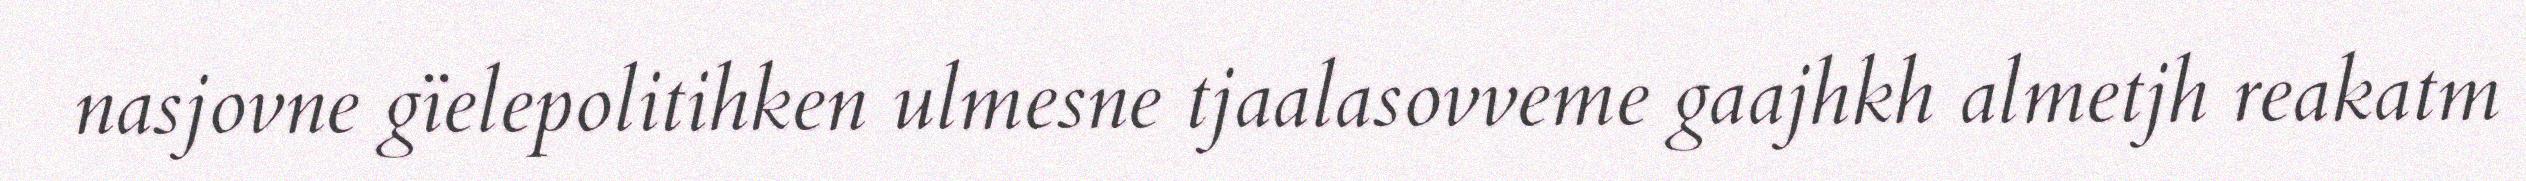
nasjovne gïelepolitihken ulmesne tjaalasovveme gaajhkh almetjh reakatm